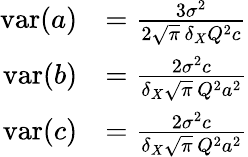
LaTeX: {\begin{array}{rl}{\operatorname{var}(a)}&{={\frac{3\sigma^{2}}{2{\sqrt{\pi}}\, \delta_{X}Q^{2}c}}}\\ {\operatorname{var}(b)}&{={\frac{2\sigma^{2}c}{\delta_{X}{\sqrt{\pi}}\, Q^{2}a^{2}}}}\\ {\operatorname{var}(c)}&{={\frac{2\sigma^{2}c}{\delta_{X}{\sqrt{\pi}}\, Q^{2}a^{2}}}}\end{array}}